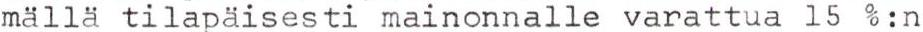
mällä tilapäisesti mainonnalle varattua 15 %:n